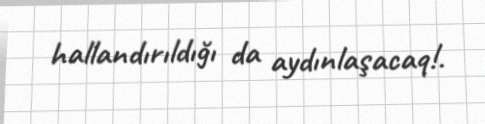
hallandırıldığı da aydınlaşacaq!.